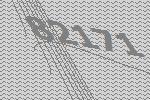
82171